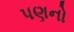
પણનો